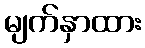
မျက်နှာထား